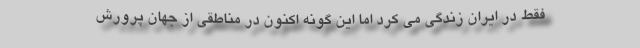
فقط در ایران زندگی می کرد اما این گونه اکنون در مناطقی از جهان پرورش